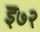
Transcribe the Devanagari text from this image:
इ७२